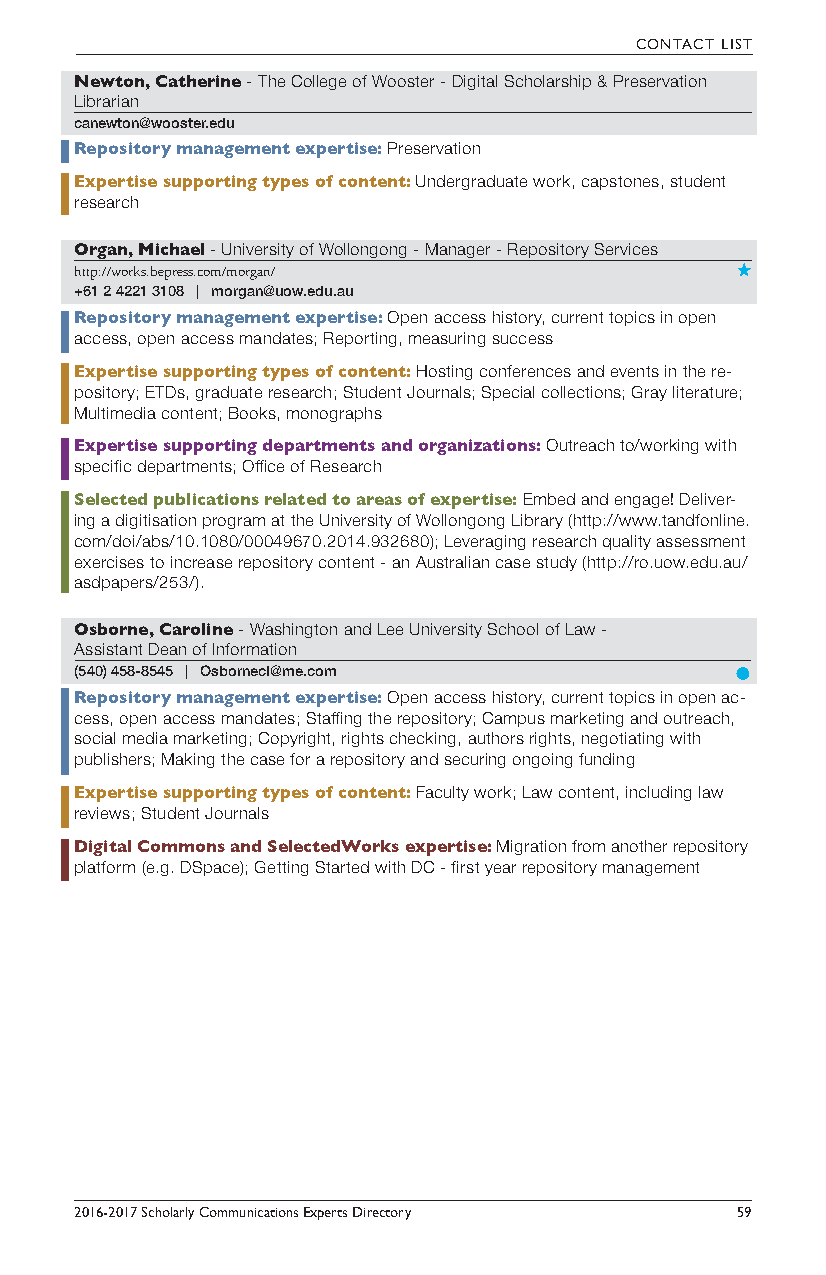
CONTACT LIST
 Newton, Catherine - The College of Wooster - Digital Scholarship & Preservation
 Librarian
 canewton@wooster.edu
 Repository management expertise: Preservation
 Expertise supporting types of content: Undergraduate work, capstones, student
 research
 Organ, Michael - University of Wollongong - Manager - Repository Services
 http://works.bepress.com/morgan/
 +61 2 4221 3108 | morgan@uow.edu.au
 Repository management expertise: Open access history, current topics in open
 access, open access mandates; Reporting, measuring success
 Expertise supporting types of content: Hosting conferences and events in the re-
 pository; ETDs, graduate research; Student Journals; Special collections; Gray literature;
 Multimedia content; Books, monographs
 Expertise supporting departments and organizations: Outreach to/working with
 specific departments; Office of Research
 Selected publications related to areas of expertise: Embed and engage! Deliver-
 ing a digitisation program at the University of Wollongong Library (http://www.tandfonline.
 com/doi/abs/10.1080/00049670.2014.932680); Leveraging research quality assessment
 exercises to increase repository content - an Australian case study (http://ro.uow.edu.au/
 asdpapers/253/).
 Osborne, Caroline - Washington and Lee University School of Law -
 Assistant Dean of Information
 (540) 458-8545 | Osbornecl@me.com
 Repository management expertise: Open access history, current topics in open ac-
 cess, open access mandates; Staffing the repository; Campus marketing and outreach,
 social media marketing; Copyright, rights checking, authors rights, negotiating with
 publishers; Making the case for a repository and securing ongoing funding
 Expertise supporting types of content: Faculty work; Law content, including law
 reviews; Student Journals
 Digital Commons and SelectedWorks expertise: Migration from another repository
 platform (e.g. DSpace); Getting Started with DC - first year repository management
 2016-2017 Scholarly Communications Experts Directory 59